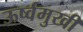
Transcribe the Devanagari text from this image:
ऊर्ष्वमुखी